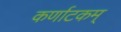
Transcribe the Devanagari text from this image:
कर्णाटकम्